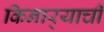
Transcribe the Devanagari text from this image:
किनार्‍याची